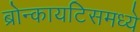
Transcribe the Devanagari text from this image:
ब्रोन्कायटिसमध्ये